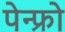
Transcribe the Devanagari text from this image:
पेन्फ्रो